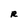
Character: R